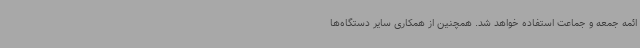
ائمه جمعه و جماعت استفاده خواهد شد. همچنین از همکاری سایر دستگاه‌ها